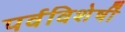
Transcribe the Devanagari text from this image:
पर्वविशेषीं